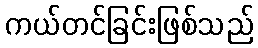
ကယ်တင်ခြင်းဖြစ်သည်